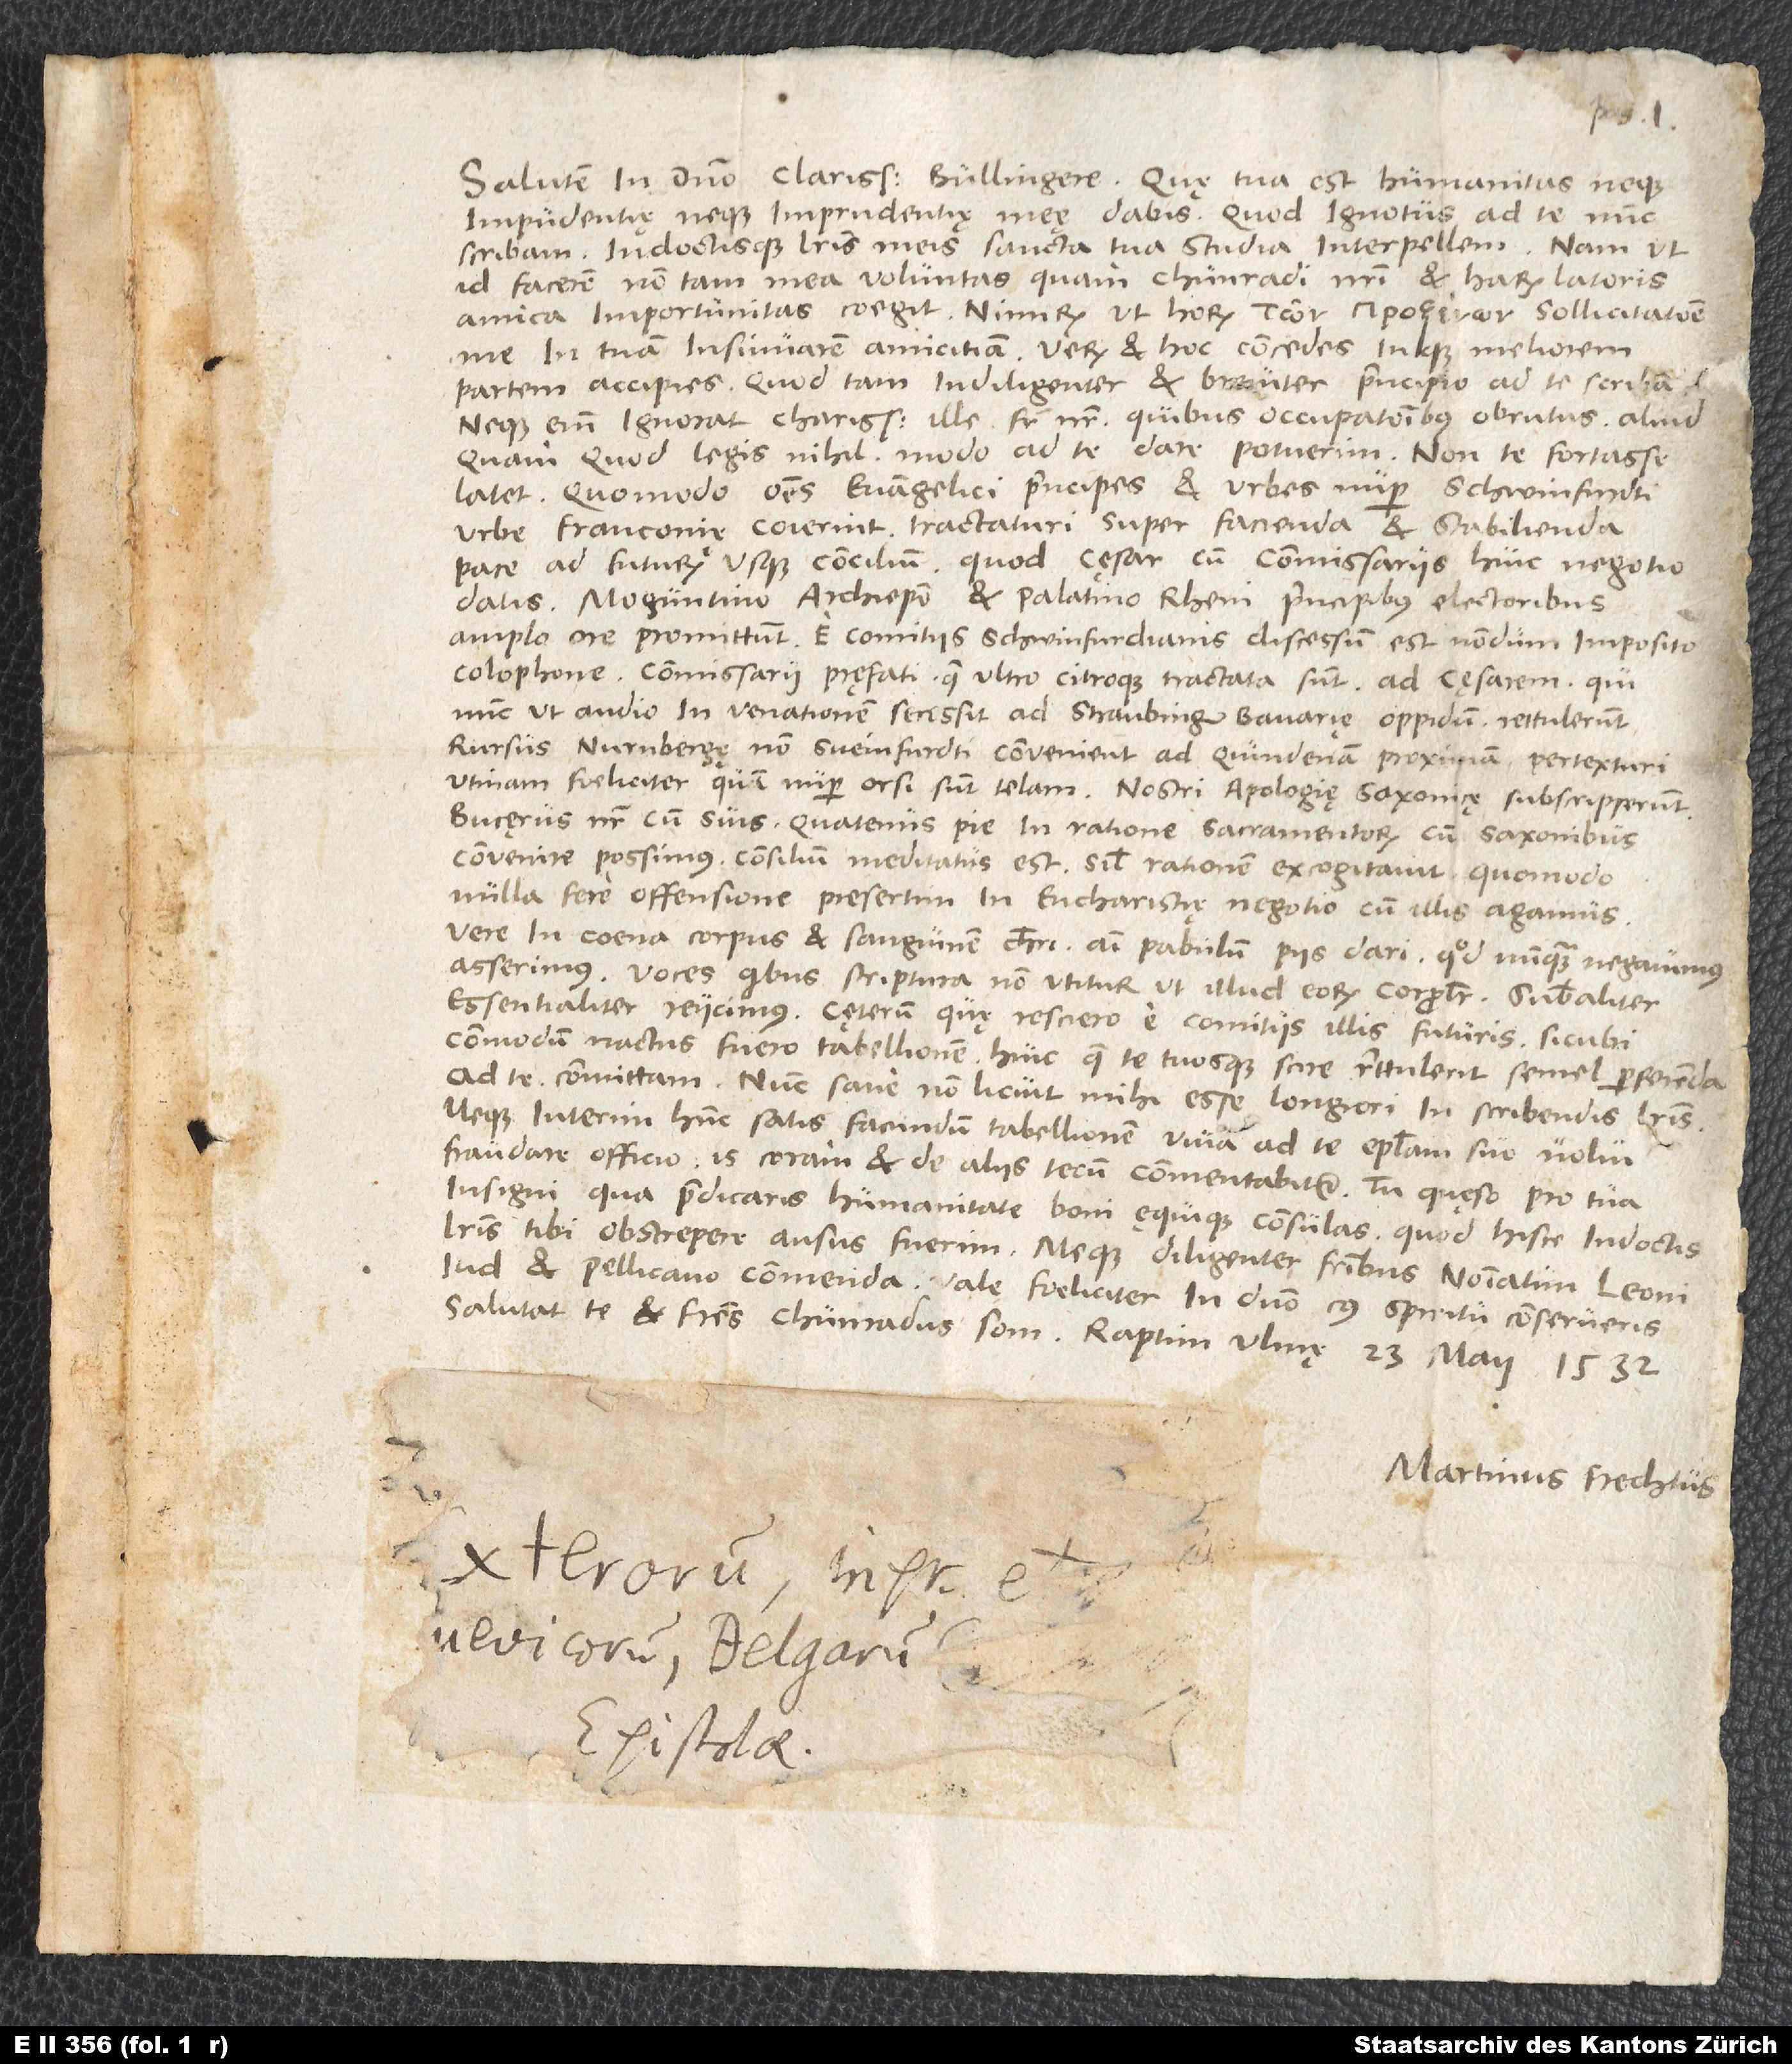
Salutem in domino, clarissime Bullingere. Quę tua est humanitas, neque
impudentię neque imprudentiae meae dabis, quod ignotus ad te nunc
scribam indoctisque literis meis sancta tua studia interpellem. Nam ut
id facerem, non tam mea voluntas quam Chunradi nostri et harum latoris
amica importunitas coegit, nimirum ut horum sollicitatione
me in tuam insinuarem amicitiam. Verum et hoc concedes inque meliorem
partem accipies, quod tam indiligenter et breviter principio ad te scribam.
Neque enim ignorat charissimus ille frater noster, quibus occupationibus obrutus aliud,
quam quod legis, nihil modo ad te dare potuerim. Non te fortasse
latet, quomodo omnes evangelici principes et urbes nuper Schwinfurdti,
urbe Franconię, coierint tractaturi super facienda et stabilienda
pace ad futurum usque concilium, quod cęsar cum commissariis huic negotio
datis, Moguntino archiepiscopo et palatino Rheni principibus electoribus,
amplo ore promittunt. E comitiis Schwinfurdianis discessum est nondum imposito
colophone. Commissarii pręfati quae ultro citroque tractata sunt, ad cęsarem, qui
nunc, ut audio, in venationem secessit ad Straubingen, Bavaria oppidum, rettulerunt.
Rursus Nurnbergę, non Sveinfurdti, convenient ad quindenam proximam pertexturi,
utinam foeliciter, quam nuper orsi sunt telam. Nostri «Apologię Saxonicae» subscripserunt.
Bucaerus noster cum suis, quatenus pie in ratione sacramentorum cum Saxonibus
convenire possimus, consilium meditatus est. Simul rationem excogitavit, quomodo
nulla fere offensione, presertim in eucharistię negotio, cum illis agamus:
Vere in coena corpus et sanguinem Christi animi pabulum piis dari, quod nunquam negavimus,
asserimus. Voces, quibus scriptura non utitur ut illud eorum: «corporaliter», «substantialiter»,
«essentialiter» reiicimus. Caeterum, quę resciero e comitiis illis futuris, sicubi
commodum nactus fuero tabellionem, huic, quae te tuosque scire rettulerit semel, perferenda
ad te committam. Nunc sane non licuit mihi esse longiori in scribendis literis,
neque interim hunc satis facundum tabellionem, vivam ad te epistolam, suo volui
fraudare officio. Is coram et de aliis tecum commentabitur. Tu, quęso, pro tua
insigni qua praedicaris humanitate boni ęquique consulas, quod hisce indoctis
literis tibi obstrepere ausus fuerim, meque diligenter fratribus, nominatim Leoni
Jud et Pellicano, commenda. Vale foeliciter in domino, cuius spiritu conserveris.
Salutat te et fratres Chunradus Som. Raptim Ulmę, 23. maii 1532.
Martinus Frechtus.